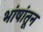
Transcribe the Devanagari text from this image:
भांषांतून